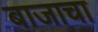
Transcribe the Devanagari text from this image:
बाजाचा